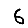
Digit: 6